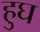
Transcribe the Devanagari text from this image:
हुघ